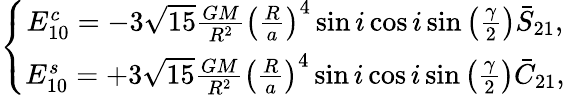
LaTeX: \left\{ \begin{array}{c}{E_{10}^{c}=-3\sqrt{15}\frac{GM}{R^{2}}\left(\frac{R}{a}\right)^{4}\sin i\cos i\sin\left(\frac{\gamma}{2}\right)\bar{S}_{21},}\\ {E_{10}^{s}=+3\sqrt{15}\frac{GM}{R^{2}}\left(\frac{R}{a}\right)^{4}\sin i\cos i\sin\left(\frac{\gamma}{2}\right)\bar{C}_{21},}\end{array}\right.